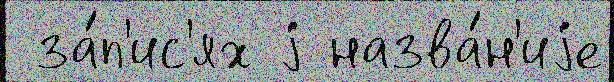
 за́п'ис'ях j назва́н'иjе